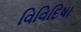
વિવિદિષા